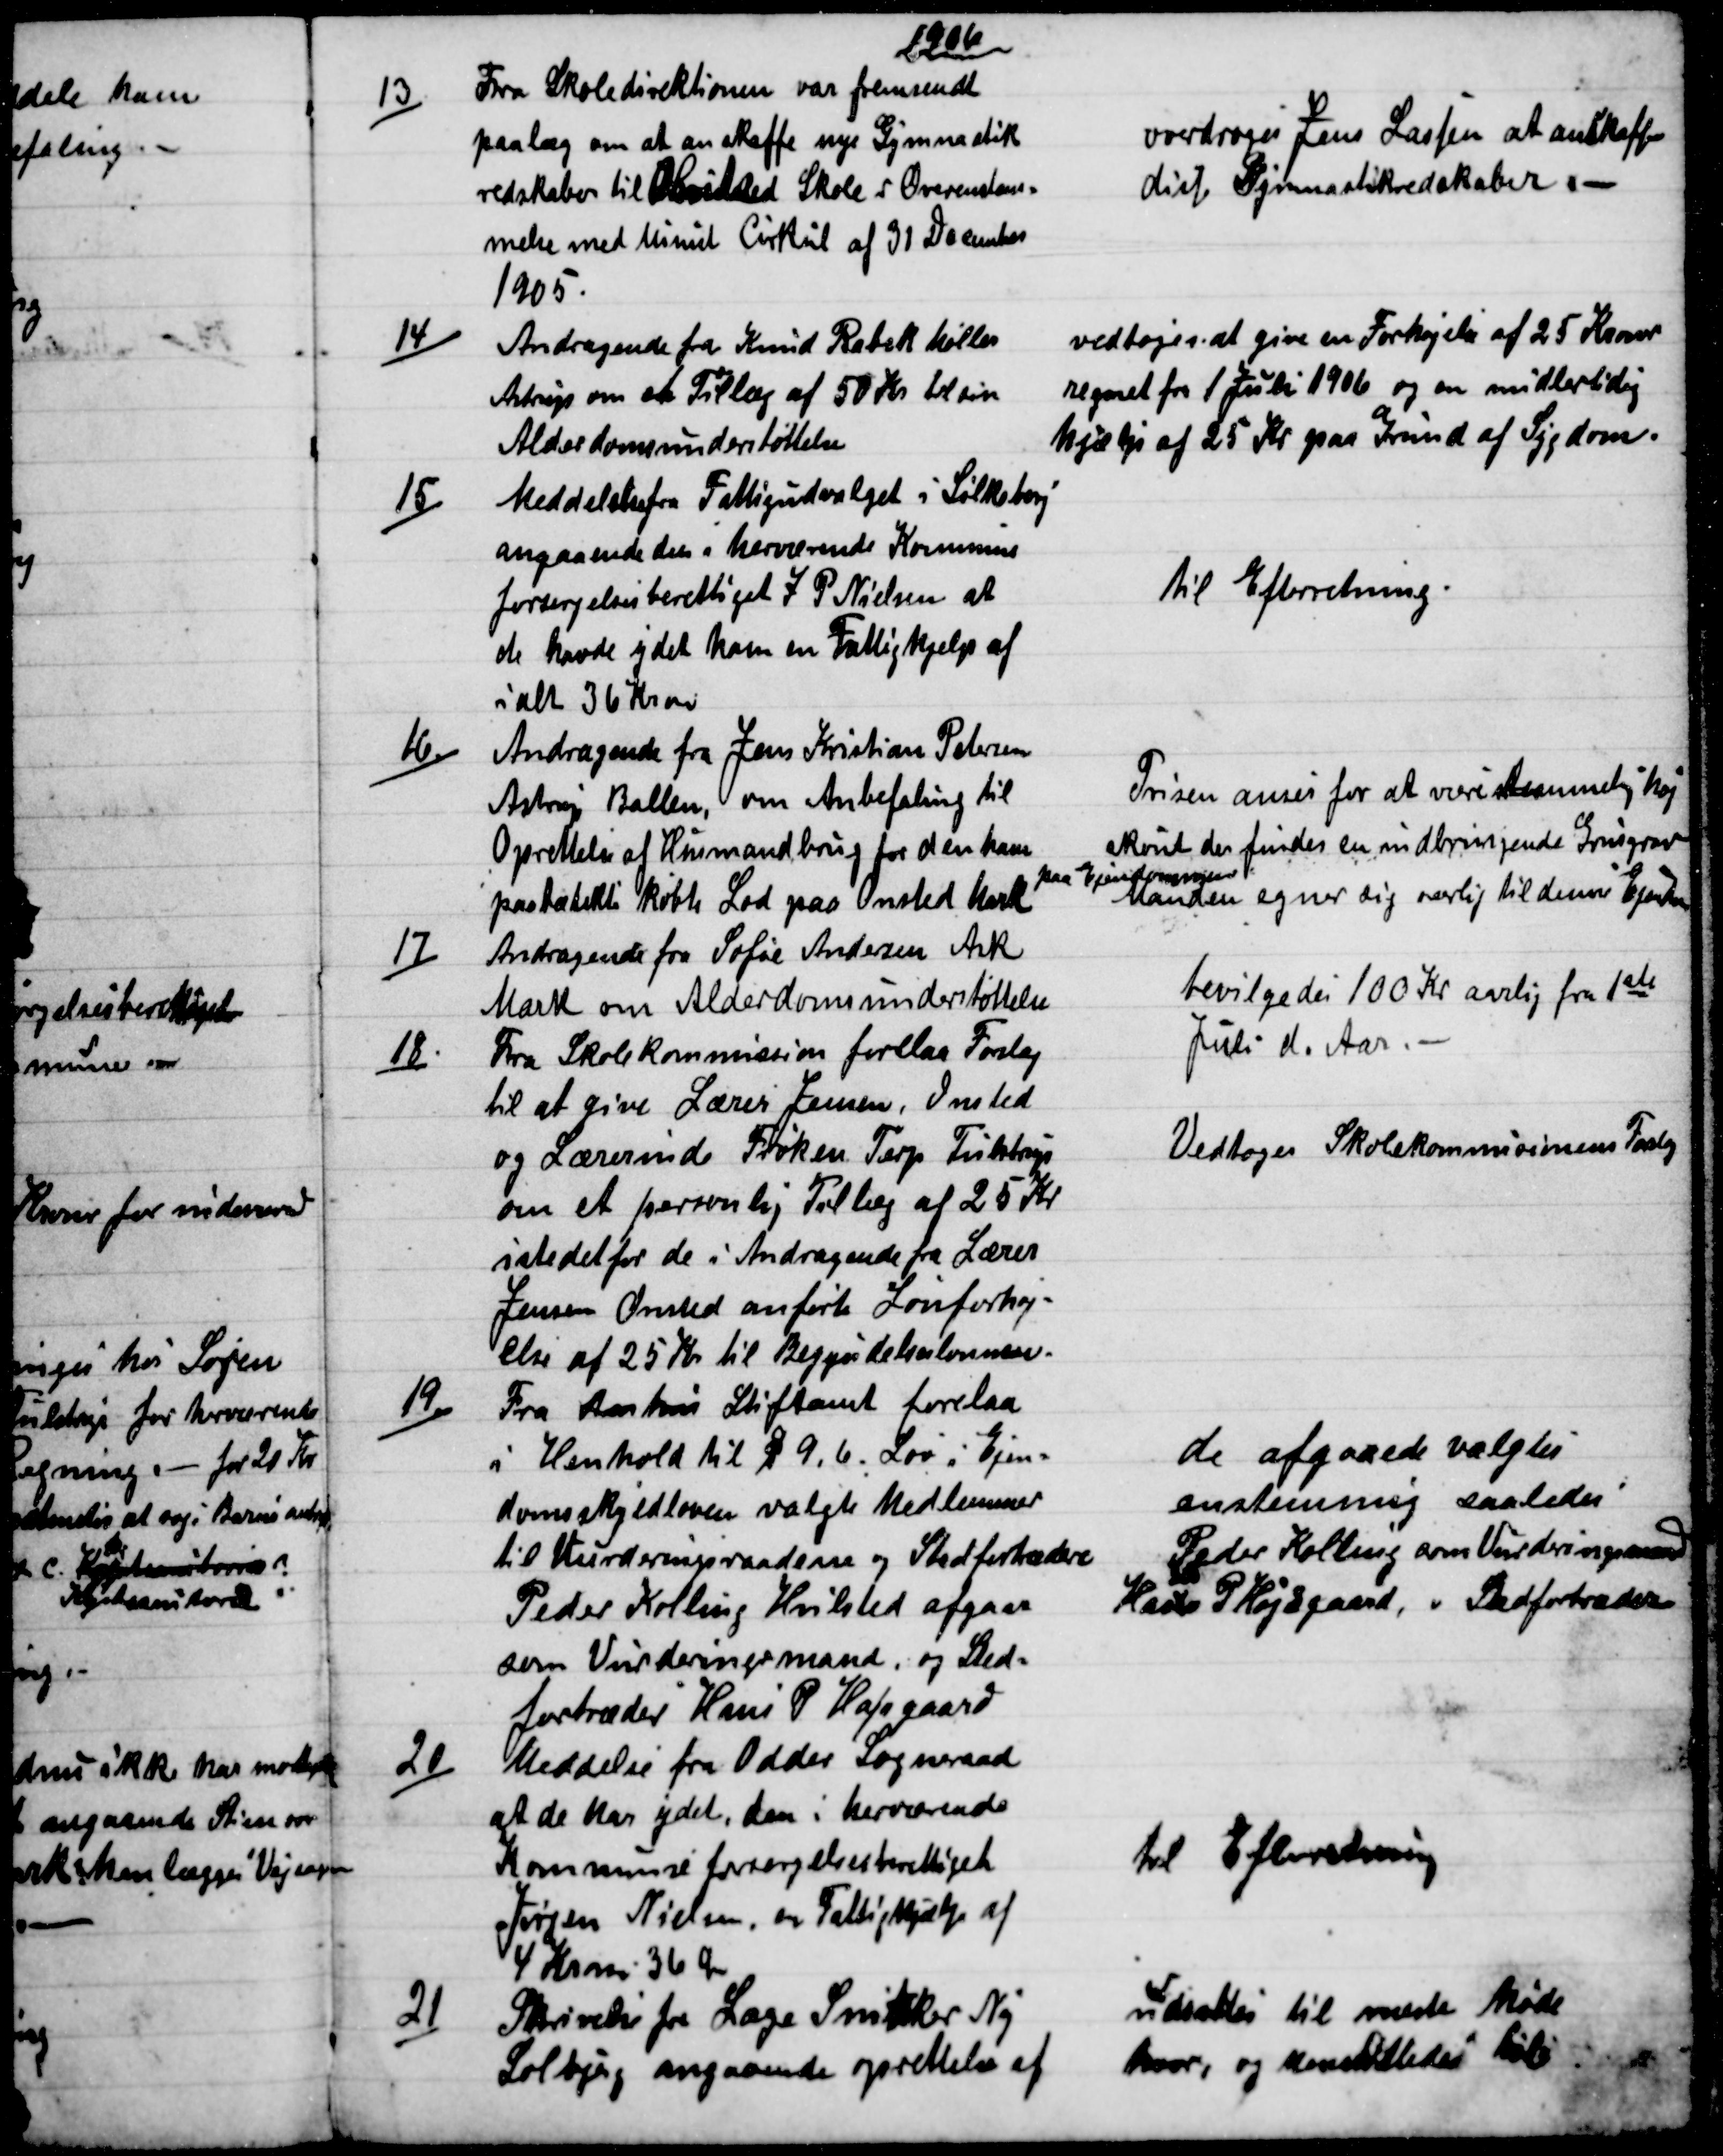
Transskription:
1906
13)
Fra Skoledirektionen var fremsendt
paalæg om at anskaffe nye Gymnastik
redskaber til Hvilsted Skole i Overenstem=
melse med Minist Cirkul af 31 December
1905.
overdroges Jens Lassen at anskaffe
disse Gymnastikredskaber. 
14)
Andragende fra Knud Rabek Møller
Astrup om et Tillæg af 50 Kr. til sin
Alderdomsunderstøttelse.
vedtoges at give en Forhøjelse af 25 Kroner
regnet fra 1 Juli 1906 og en midlertidig
hjælp af 25 Kr paa Grund af Sygdom.
15)
Meddelelse fra Fattigudvalget i Silkeborg
angaaende den i herværende Kommune
forsørgelsesberettiget J P Nielsen at
de havde ydet ham en Fattighjælp af
ialt 36 Kroner
til Efterretning.
16.)
Andragende fra Jens Kristian Petersen
Astrup Ballen, om Anbefaling til 
Oprettelse af Husmandbrug for den ham
paatætekte købte Lod paa Onsted Mark
Prisen anses for at være temmelig høj
skønt der findes en indbringende Grusgrav 
paa Ejendommen
Manden egner sig særlig til denne Ejendom.
17)
Andragende fra Sofie Andersen Ask
Mark om Alderdomsunderstøttelse
bevilgedes 100 Kr aarlig fra 1ste
Juli d. Aar.
18.)
Fra Skolekommission forelaa Forslag
til at give Lærer Jensen, Onsted
og Lærerinde Frøken Terp Tulstrup
om et personlig Tillæg af 25 Kr
istedetfor de i Andragende fra Lærer
Jensen Onsted anførte Lønforhøj-
else af 25 Kr til Begyndelseslønnen.
Vedtoges Skolekommisionens Forslag
19.)
Fra Aarhus Stiftamt forelaa
i Henhold til § 9,6. Lov i Ejen=
domsskyldloven valgte Medlemmer
til Vurderingsraadene og Stedfortrædere
Peder Kolling Hvilsted afgaar
som Vurderingsmand, og Sted=
fortræder Hans P Højsgaard.
de afgaaede valgtes
enstemmig saaledes
Peder Kolling som Vurderingsmand
Hans P Højsgaard
Stedfortræder
20)
Meddelse fra Odder Sogneraad 
at de har ydet, den i herværende
Kommune forsørgelsesberettiget
Jørgen Nielsen, en Fattighjælp af
4 Kr 36 Ør
til Efterretning
21)
Skrivelse fra Læge Snitker Ny
Solbjerg angaaende oprettelse af
udsattes til næste Møde
hvor, og henstilledes til